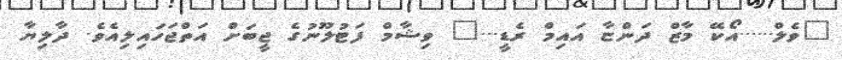
"ވެލް......އޯކޭ މާޒް ދަންޏާ އައިމް ރެޑީ..." ވިޝާމް ފަޓުލޫނުގެ ޖީބަށް އަތްޖަހައިލިއެވެ. ދާލިޔާ